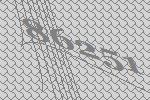
86251